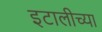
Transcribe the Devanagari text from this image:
इटालीच्या